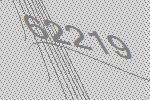
62219